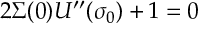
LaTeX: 2 \Sigma ( 0 ) U ^ { \prime \prime } ( \sigma _ { 0 } ) + 1 = 0